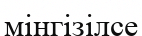
мінгізілсе